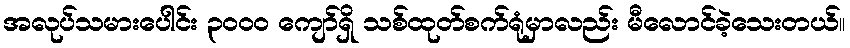
အလုပ်သမားပေါင်း ၃၀၀၀ ကျော်ရှိ သစ်ထုတ်စက်ရုံမှာလည်း မီလောင်ခဲ့သေးတယ်။